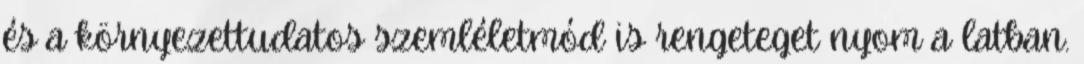
és a környezettudatos szemléletmód is rengeteget nyom a latban.